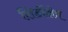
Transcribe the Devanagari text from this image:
शिर्डीक्षेत्र